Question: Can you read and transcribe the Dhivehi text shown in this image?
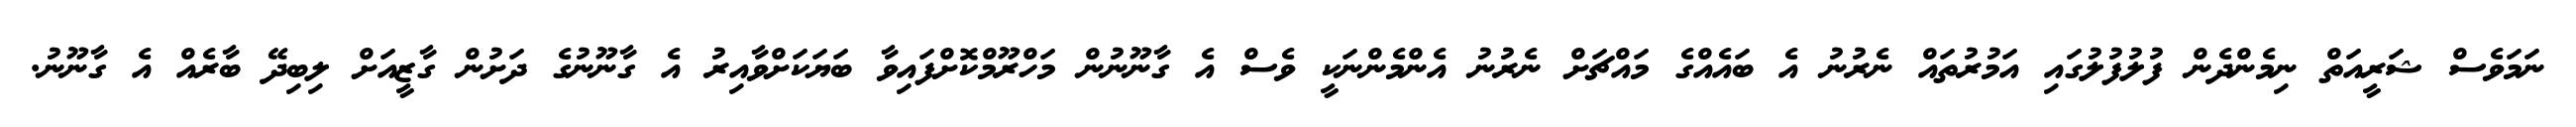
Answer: ނަމަވެސް ޝަރީއަތް ނިމެންދެން ފުލުފުލުގައި އަމުރުތައް ނެރުނު އެ ބައެއްގެ މައްޗަށް ނެރުނު އެންމެންނަކީ ވެސް އެ ގާނޫނުން މަހްރޫމްކޮށްފައިވާ ބަޔަކަށްވާއިރު އެ ގާނޫނުގެ ދަށުން ގާޒީއަށް ލިބިދޭ ބާރެއް އެ ގާނޫނު.